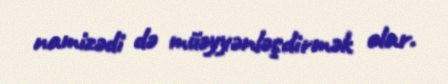
namizədi də müəyyənləşdirmək olar.